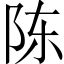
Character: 陈